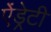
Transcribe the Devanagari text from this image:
ऐंड्रेटी